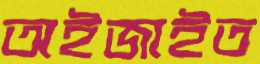
অইজাইত